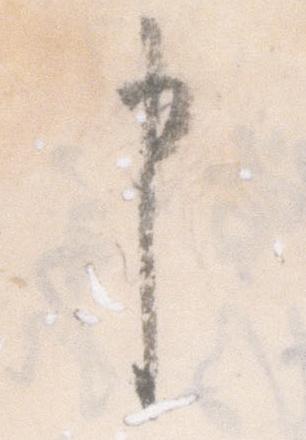
申